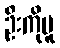
ဦးကိုမူ